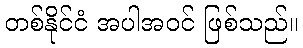
တစ်နိုင်ငံ အပါအဝင် ဖြစ်သည်။